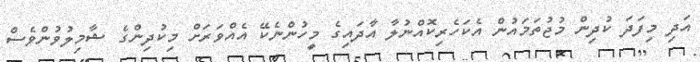
އަދި މިފަދަ ކުދިން މުޖުތަމައުން އެކަހެރިކޮއްނުލާ އާދައިގެ މީހުންނެކޭ އެއްވަރަށް މިކުދިންގެ ޝާމިލުވުންވެސް